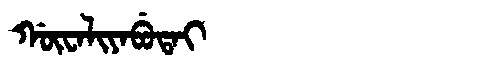
Manchu: ᡤᡡᠸᠠᠯᡳᠶᠠᠪᡠᡨᠠᡳ
Romanization: GŪWALIYABUTAI